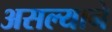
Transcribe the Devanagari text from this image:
असल्याने